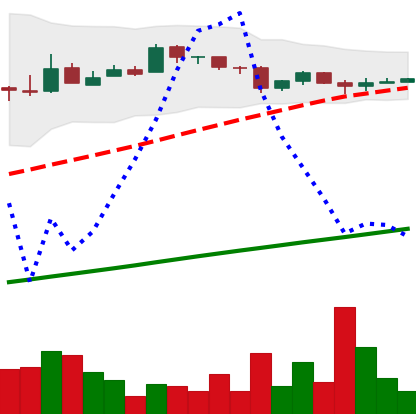
Ticker: BTC-USD
Chart end date: 2016-07-29
Forward return: -13.796%
Label: down_7plus